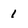
Character: I